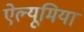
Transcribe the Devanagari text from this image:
ऐल्यूमिया